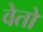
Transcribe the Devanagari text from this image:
वेतों